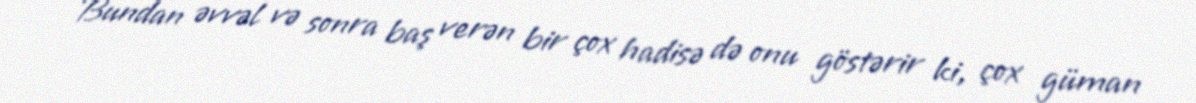
Bundan əvvəl və sonra baş verən bir çox hadisə də onu göstərir ki, çox güman